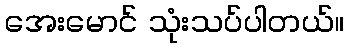
အေးမောင် သုံးသပ်ပါတယ်။